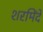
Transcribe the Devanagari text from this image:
शरमिंदे